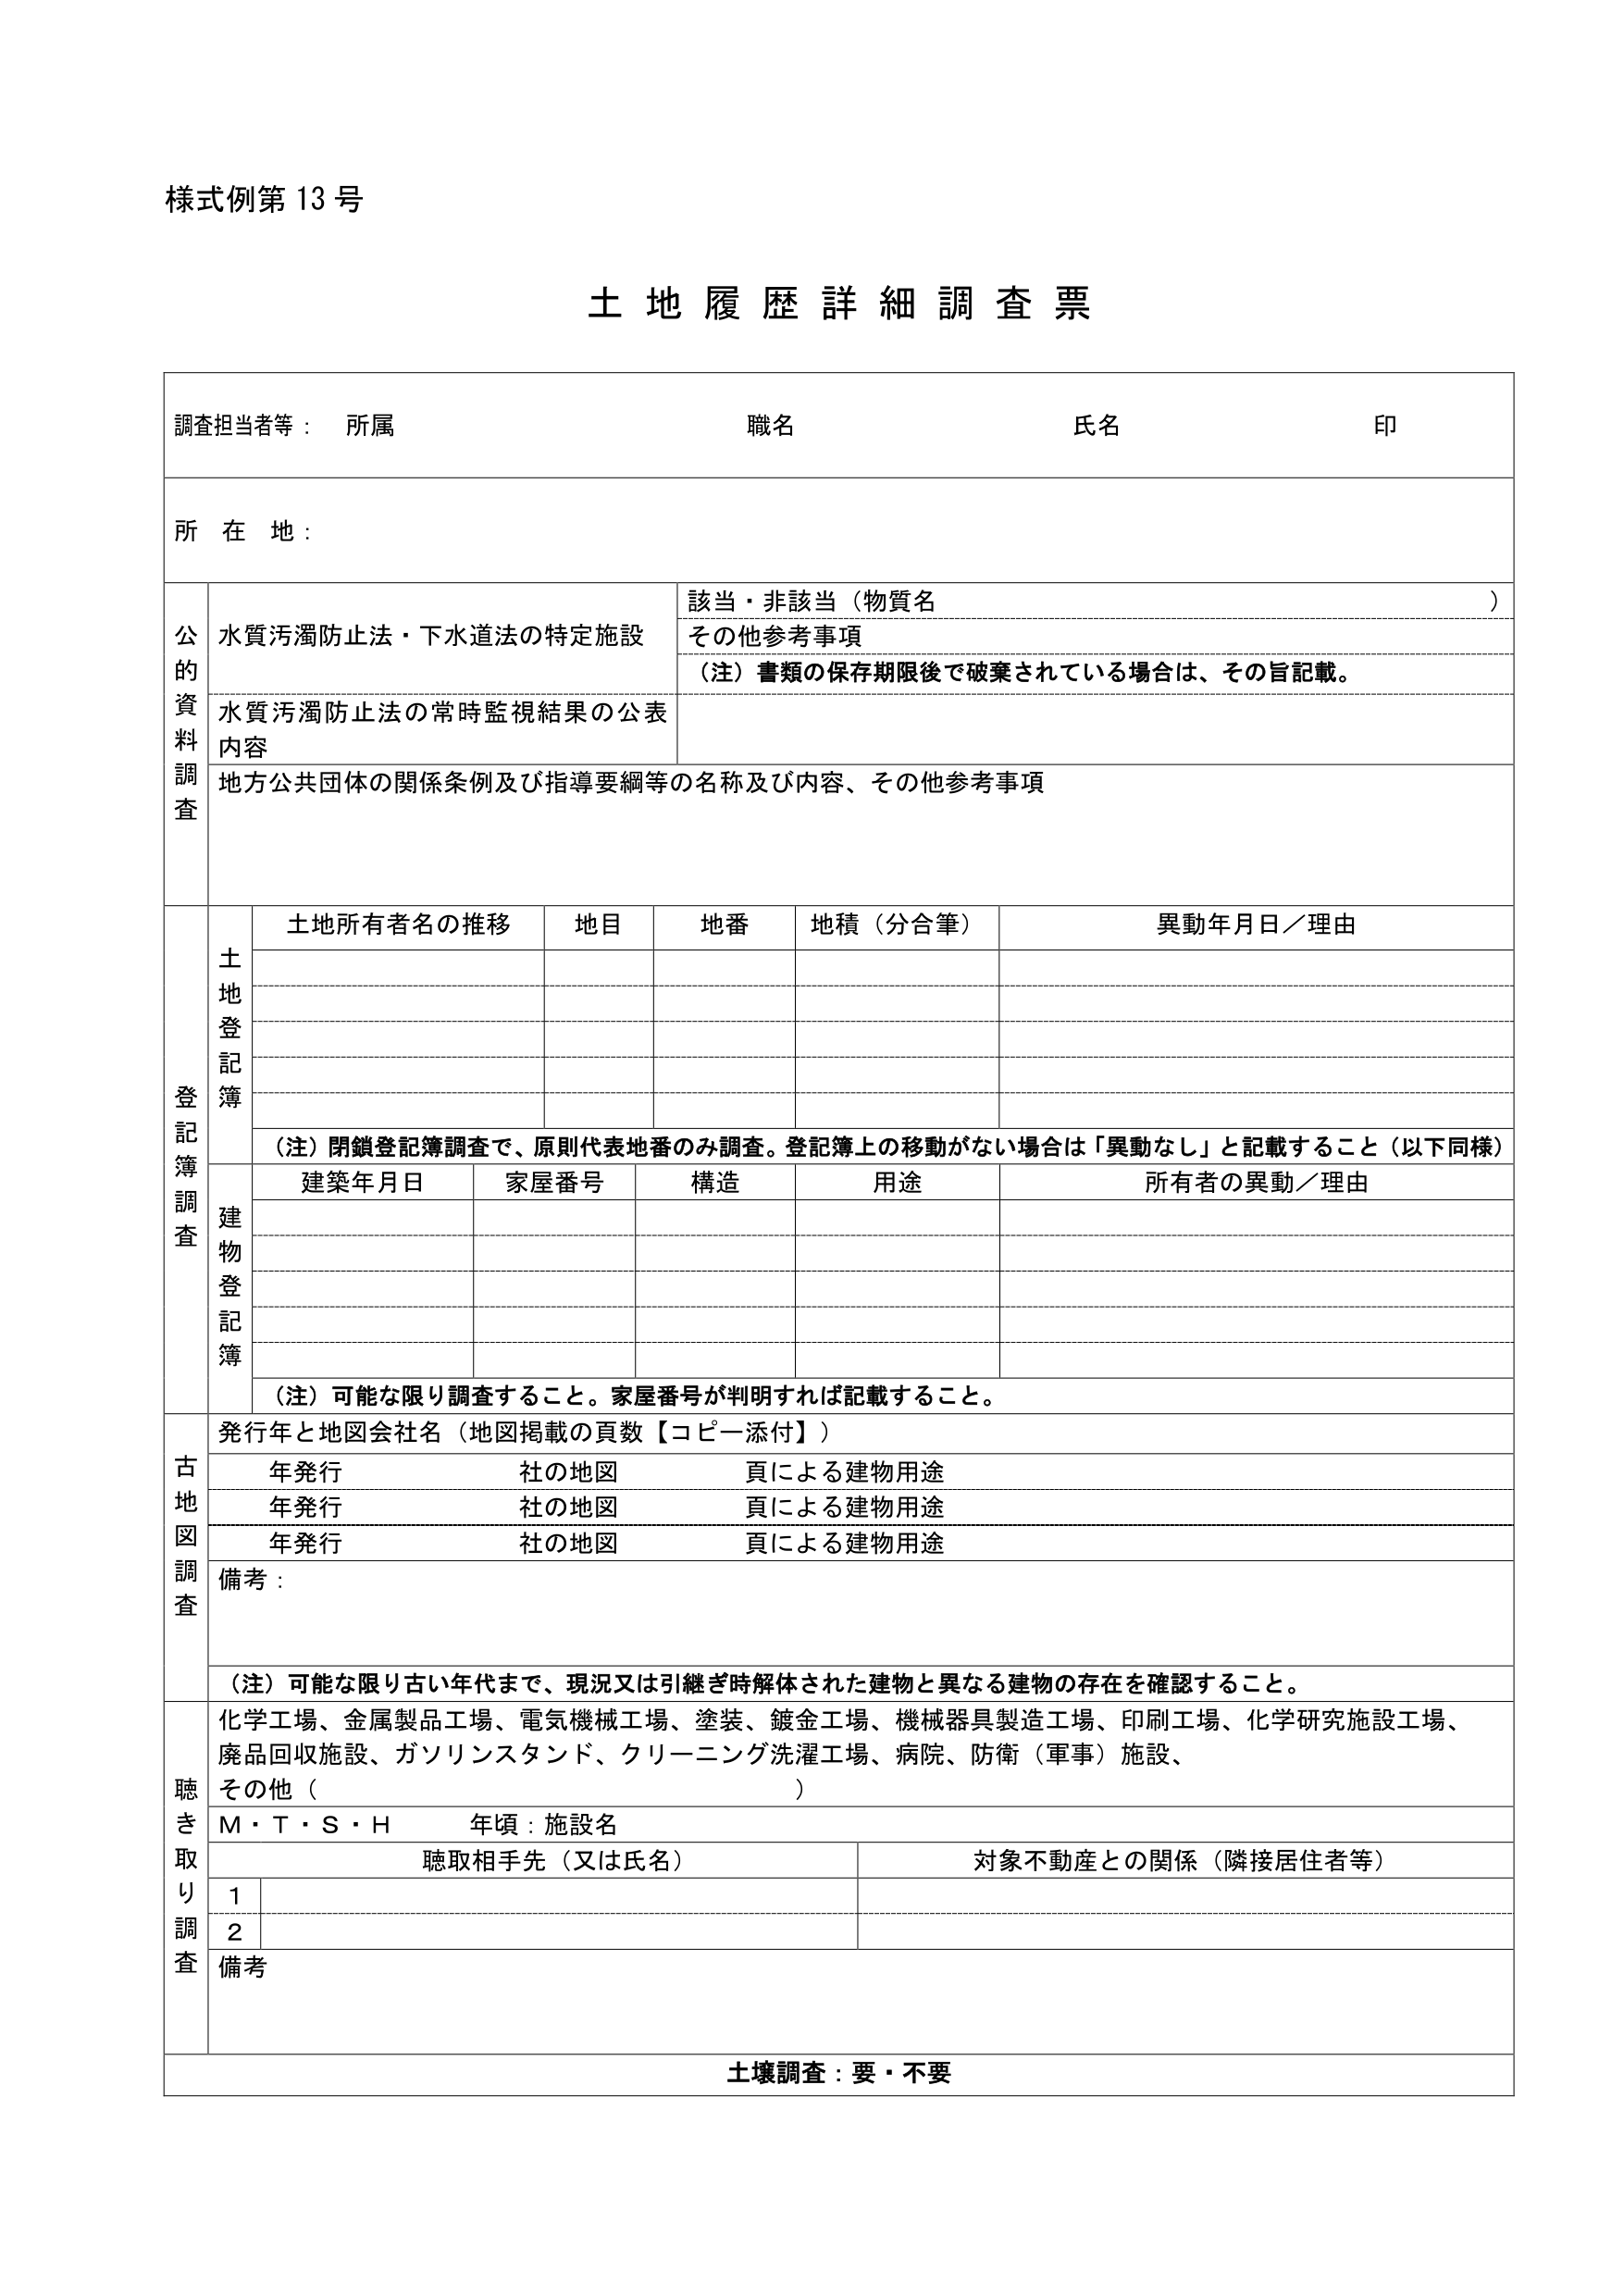
様式例第13号

土地履歴詳細調査票

調査担当者等： 所属 職名 氏名 印

所在地：

公的資料調査
水質汚濁防止法・下水道法の特定施設 該当・非該当（物質名 ） その他参考事項 （注）書類の保存期限後で破棄されている場合は、その旨記載。
水質汚濁防止法の常時監視結果の公表内容
地方公共団体の関係条例及び指導要綱等の名称及び内容、その他参考事項

登記簿調査
土地登記簿
土地所有者名の推移 地目 地番 地積（分合筆） 異動年月日／理由
（注）閉鎖登記簿調査で、原則代表地番のみ調査。登記簿上の移動がない場合は「異動なし」と記載すること（以下同様）
建物登記簿
建築年月日 家屋番号 構造 用途 所有者の異動／理由
（注）可能な限り調査すること。家屋番号が判明すれば記載すること。

古地図調査
発行年と地図会社名（地図掲載の頁数【コピー添付】）
年発行 社の地図 頁による建物用途
年発行 社の地図 頁による建物用途
年発行 社の地図 頁による建物用途
備考：
（注）可能な限り古い年代まで、現況又は引継ぎ時解体された建物と異なる建物の存在を確認すること。

聴き取り調査
化学工場、金属製品工場、電気機械工場、塗装、鍍金工場、機械器具製造工場、印刷工場、化学研究施設工場、廃品回収施設、ガソリンスタンド、クリーニング洗濯工場、病院、防衛（軍事）施設、その他（ ）
M・T・S・H 年頃：施設名
聴取相手先（又は氏名） 対象不動産との関係（隣接居住者等）
1
2
備考

土壌調査：要・不要